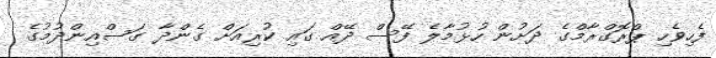
ފެހިވެހި ޕްރޮގްރާމްގެ ދަށުން ހުޅުމާލެ ފޭސް ދޭއް ގައި ކުރިއަށް ގެންދާ ގަސްއިންދުމުގެ